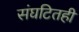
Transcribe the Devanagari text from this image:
संघटितही